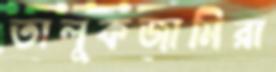
তালুকজামিরা